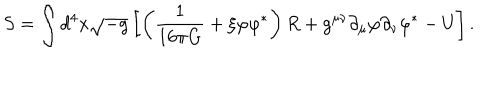
S = \int d ^ { 4 } x \sqrt { - g } \left[ \left( \frac { 1 } { 1 6 \pi G } + \xi \varphi { \varphi } ^ { \ast } \right) R + g ^ { \mu \nu } { \partial } _ { \mu } \varphi { \partial } _ { \nu } { \varphi } ^ { \ast } - U \right] .